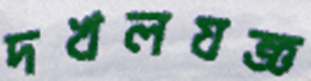
দখলযজ্ঞ